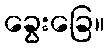
ခွေးခြေ။